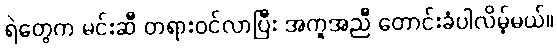
ရဲတွေက မင်းဆီ တရားဝင်လာပြီး အကူအညီ တောင်းခံပါလိမ့်မယ်။